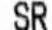
SR